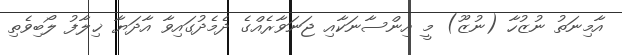
އާމިނަތު ނުޒުހާ (ނުޒޫ) މީ އިންސާނަކާއި ޖަނަވާރެއްގެ ދެމެދުގައިވާ އާދަޔާ ޚިލާފު ލޯބިވެތި